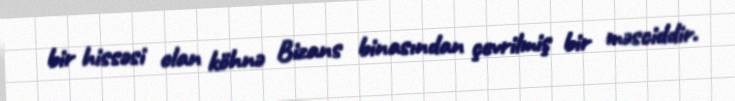
bir hissəsi olan köhnə Bizans binasından çevrilmiş bir məsciddir.